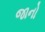
જાનો